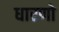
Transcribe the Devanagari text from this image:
धारणो